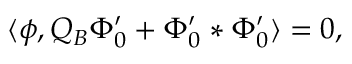
\langle \phi , Q _ { B } \Phi _ { 0 } ^ { \prime } + \Phi _ { 0 } ^ { \prime } * \Phi _ { 0 } ^ { \prime } \rangle = 0 ,